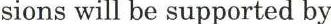
sions will be supported by